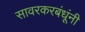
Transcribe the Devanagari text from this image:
सावरकरबंधूंनी